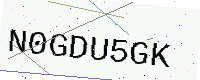
Text: N0GDU5GK